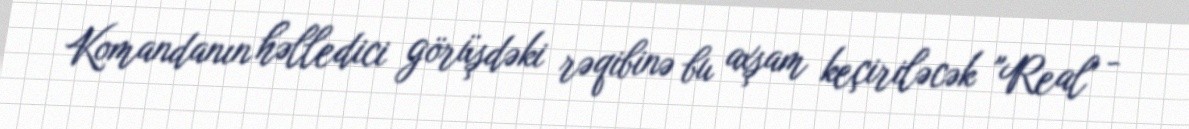
Komandanın həlledici görüşdəki rəqibinə bu axşam keçiriləcək "Real" -